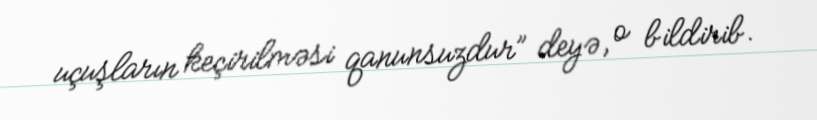
uçuşların keçirilməsi qanunsuzdur” deyə, o bildirib.